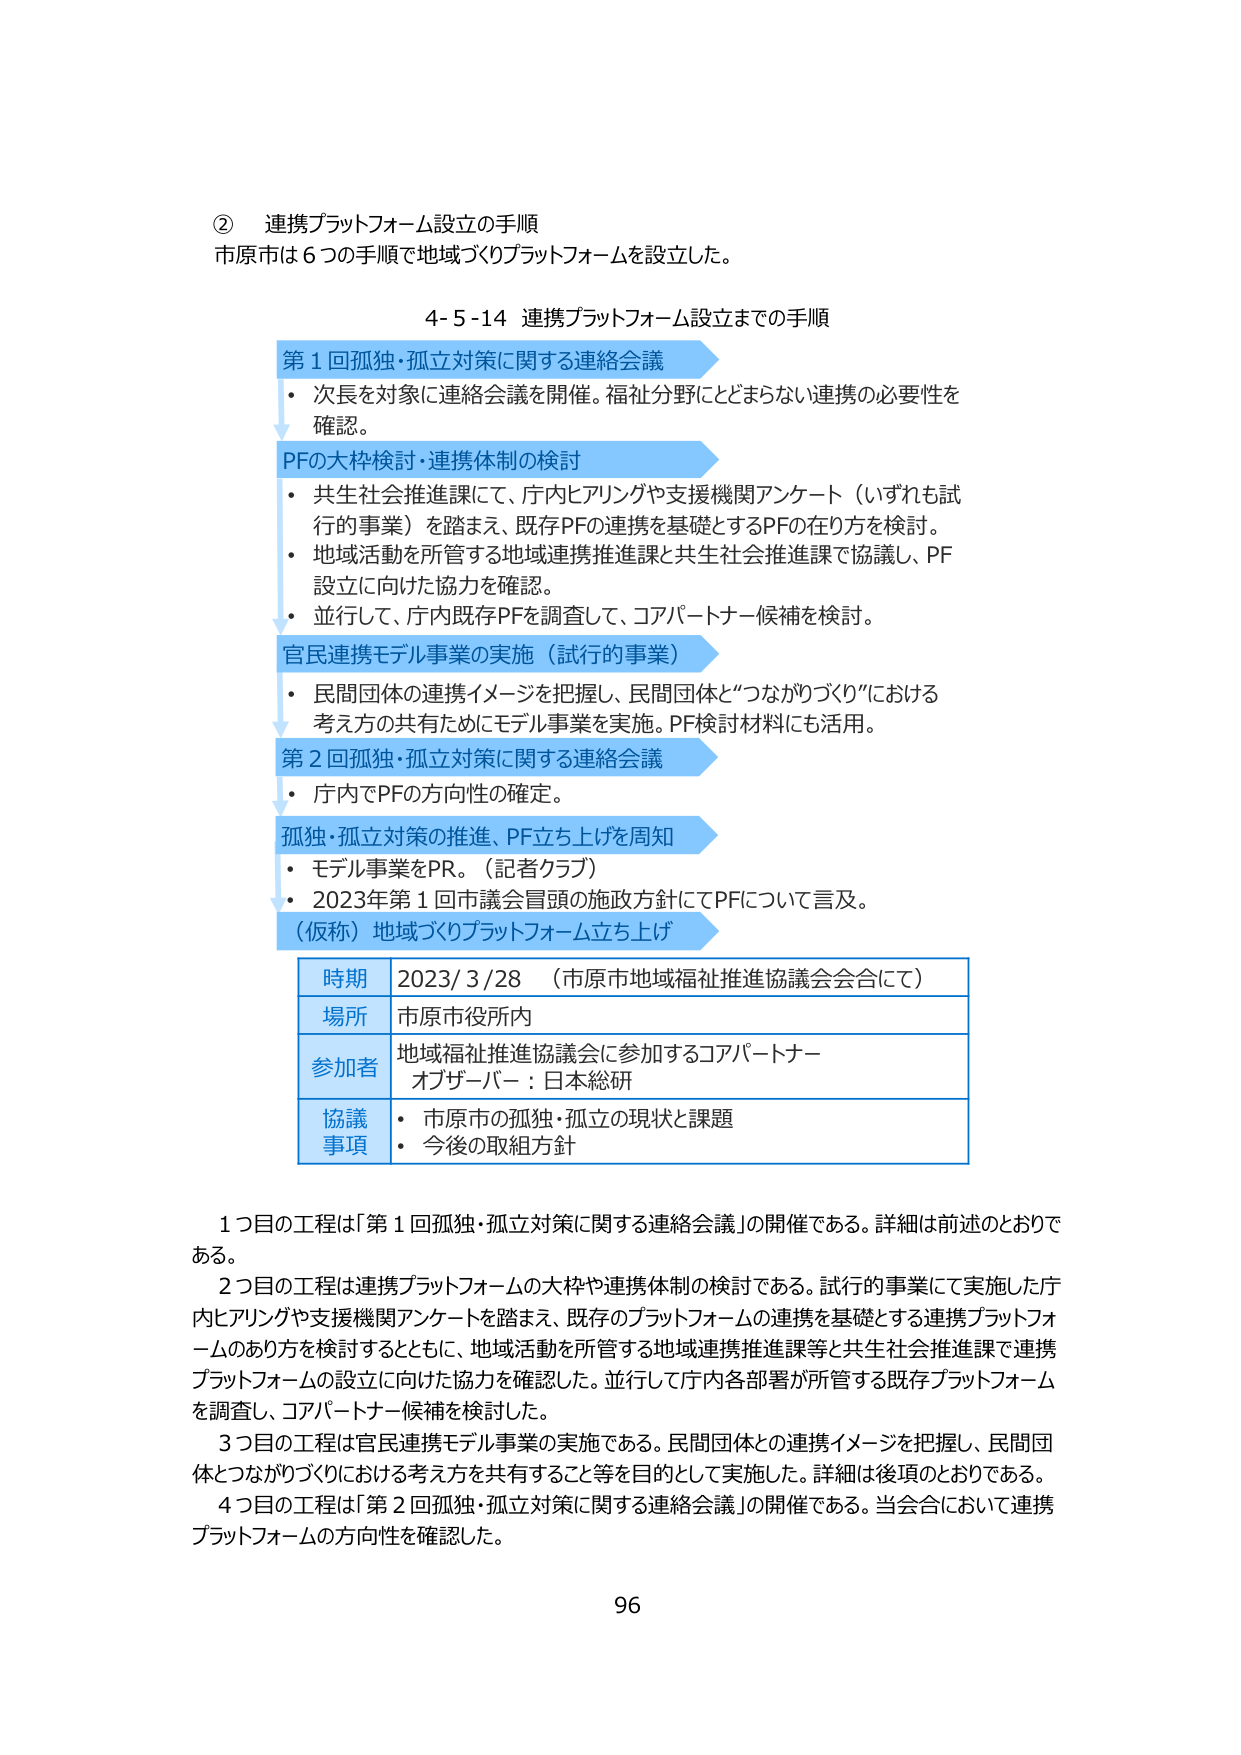
② 連携プラットフォーム設立の手順
市原市は６つの手順で地域づくりプラットフォームを設立した。

4-5-14 連携プラットフォーム設立までの手順

第１回孤独・孤立対策に関する連絡会議
・次長を対象に連絡会議を開催。福祉分野にとどまらない連携の必要性を確認。

PFの大枠検討・連携体制の検討
・共生社会推進課にて、庁内ヒアリングや支援機関アンケート（いずれも試行的事業）を踏まえ、既存PFの連携を基礎とするPFの在り方を検討。
・地域活動を所管する地域連携推進課と共生社会推進課で協議し、PF設立に向けた協力を確認。
・並行して、庁内既存PFを調査して、コアパートナー候補を検討。

官民連携モデル事業の実施（試行的事業）
・民間団体の連携イメージを把握し、民間団体と“つながりづくり”における考え方の共有ためにモデル事業を実施。PF検討材料にも活用。

第２回孤独・孤立対策に関する連絡会議
・庁内でPFの方向性の確定。

孤独・孤立対策の推進、PF立ち上げを周知
・モデル事業をPR。（記者クラブ）
・2023年第１回市議会冒頭の施政方針にてPFについて言及。

（仮称）地域づくりプラットフォーム立ち上げ

| 時期 | 2023/3/28 （市原市地域福祉推進協議会会合にて） |
|------|-----------------------------------------------|
| 場所 | 市原市役所内 |
| 参加者 | 地域福祉推進協議会に参加するコアパートナー<br>オブザーバー：日本総研 |
| 協議事項 | ・市原市の孤独・孤立の現状と課題<br>・今後の取組方針 |

1つ目の工程は「第１回孤独・孤立対策に関する連絡会議」の開催である。詳細は前述のとおりである。
2つ目の工程は連携プラットフォームの大枠や連携体制の検討である。試行的事業にて実施した庁内ヒアリングや支援機関アンケートを踏まえ、既存のプラットフォームの連携を基礎とする連携プラットフォームのあり方を検討するとともに、地域活動を所管する地域連携推進課等と共生社会推進課で連携プラットフォームの設立に向けた協力を確認した。並行して庁内各部署が所管する既存プラットフォームを調査し、コアパートナー候補を検討した。
3つ目の工程は官民連携モデル事業の実施である。民間団体との連携イメージを把握し、民間団体とつながりづくりにおける考え方を共有すること等を目的として実施した。詳細は後項のとおりである。
4つ目の工程は「第２回孤独・孤立対策に関する連絡会議」の開催である。当会合において連携プラットフォームの方向性を確認した。

96